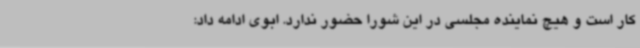
کار است و هیچ نماینده مجلسی در این شورا حضور ندارد. ابوی ادامه داد: